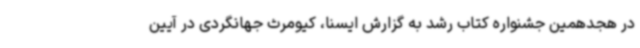
در هجدهمین جشنواره کتاب رشد به گزارش ایسنا، کیومرث جهانگردی در آیین